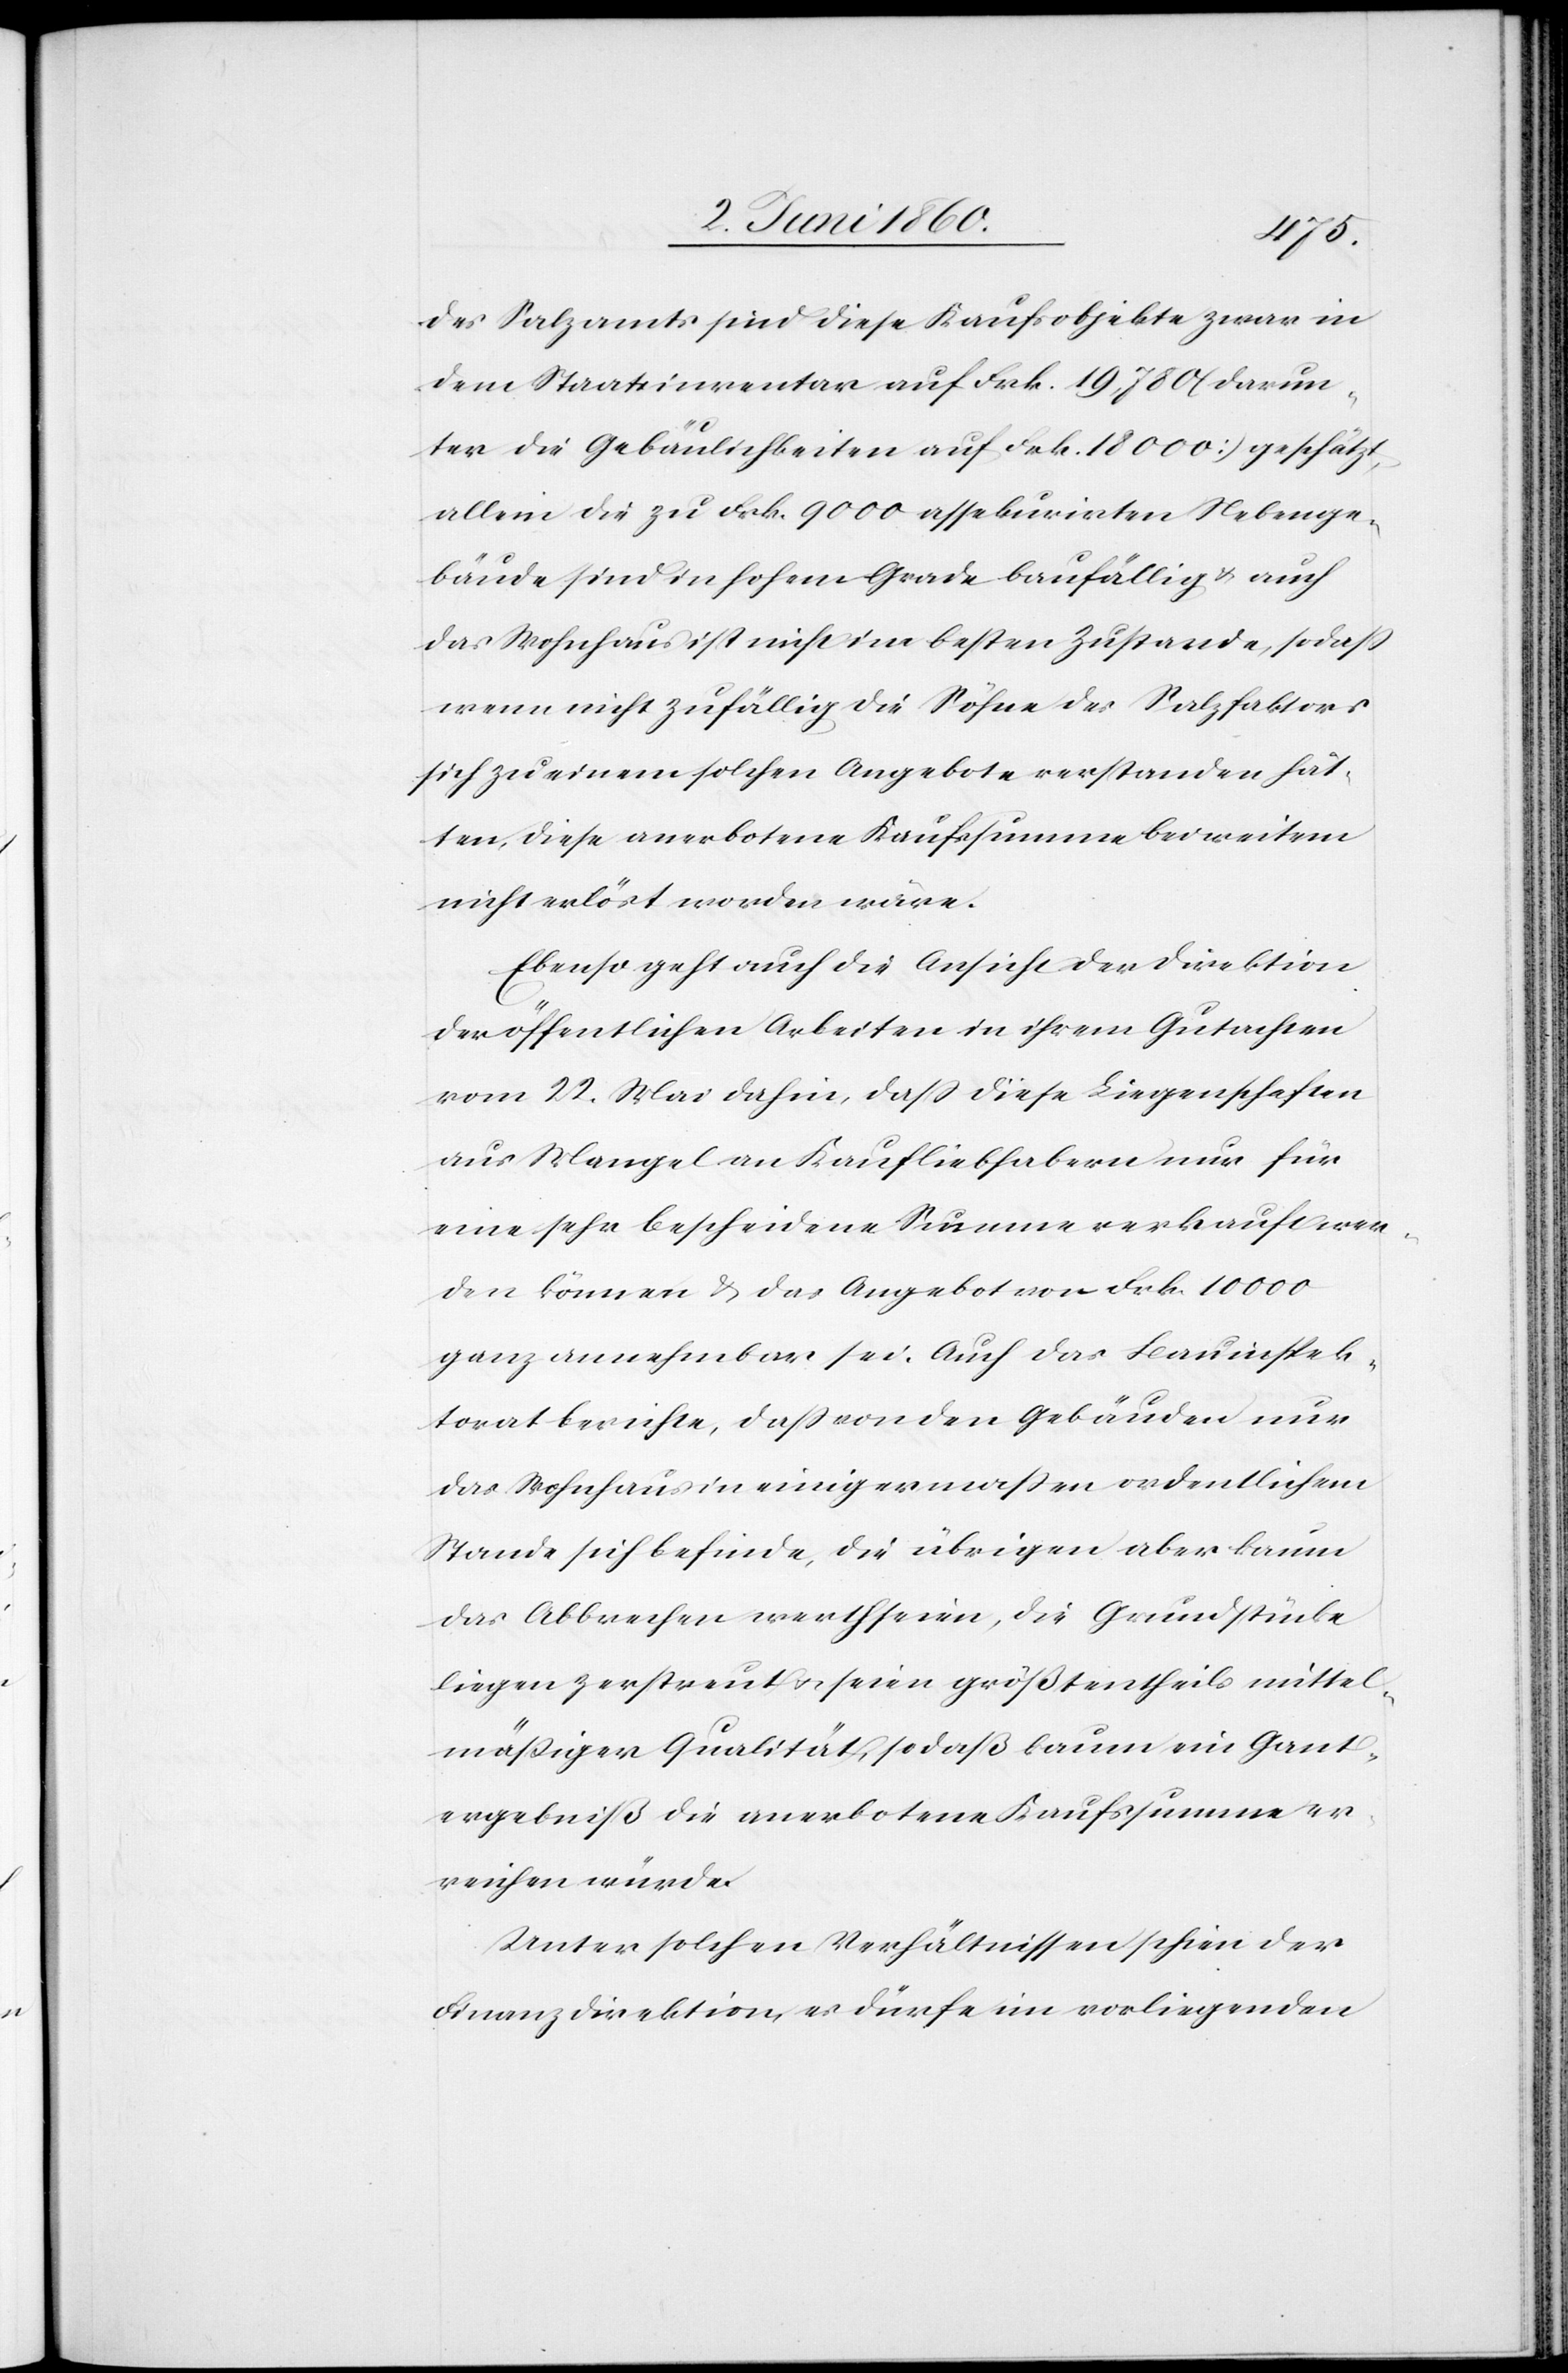
des Salzamts sind diese Kaufobjekte zwar in
dem Staatsinventar auf Frk. 19,780 (darun¬
ter die Gebäulichkeiten auf Frk. 18 000) geschätzt,
allein die zu Frk. 9000 assekurirten Nebenge¬
bäude sind in hohem Grade baufällig u. auch
das Wohnhaus ist nicht im besten Zustande, so dass
wenn nicht zufällig die Söhne des Salzfaktors
sich zu einem solchen Angebote verstanden hät¬
ten, diese anerbotene Kaufssumme bei weitem
nicht erlöst worden wäre.
Ebenso geht auch die Ansicht der Direktion
der öffentlichen Arbeiten in ihrem Gutachten
vom 22. Mai dahin, dass diese Liegenschaften
aus Mangel an Kaufliebhabern nur für
eine sehr bescheidene Summe verkauft wer¬
den können & das Angebot von Frk. 10 000
ganz annehmbar sei. Auch das Bauinspek¬
torat berichte, dass von den Gebäuden nur
das Wohnhaus in einigermassen ordentlichem
Stande sich befinde, die übrigen aber kaum
das Abbrechen werth seien, die Grundstücke
liegen zerstreut u. seien größten theils mittel¬
mäßiger Qualität, so daß kaum ein Gant¬
ergebniß die anerbotene Kaufssumme er¬
reichen würde.
Unter solchen Verhältnissen schien der
Finanzdirektion, es dürfe im vorliegenden